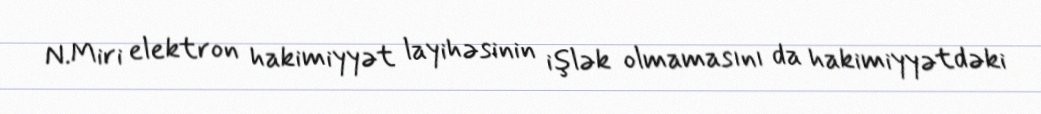
N.Miri elektron hakimiyyət layihəsinin işlək olmamasını da hakimiyyətdəki